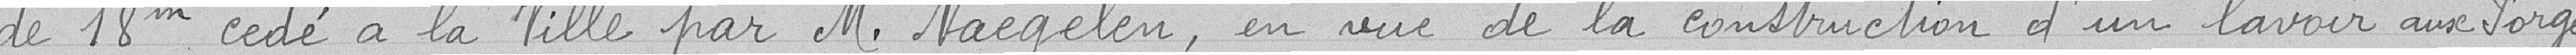
de 18 mètres carrés cédé à la ville par Monsieur Naegelen, en vue de la construction d'un lavoir aux Forges